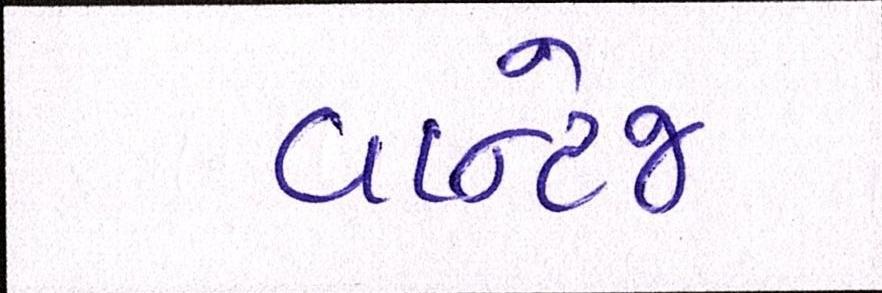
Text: વાન્ટેજ